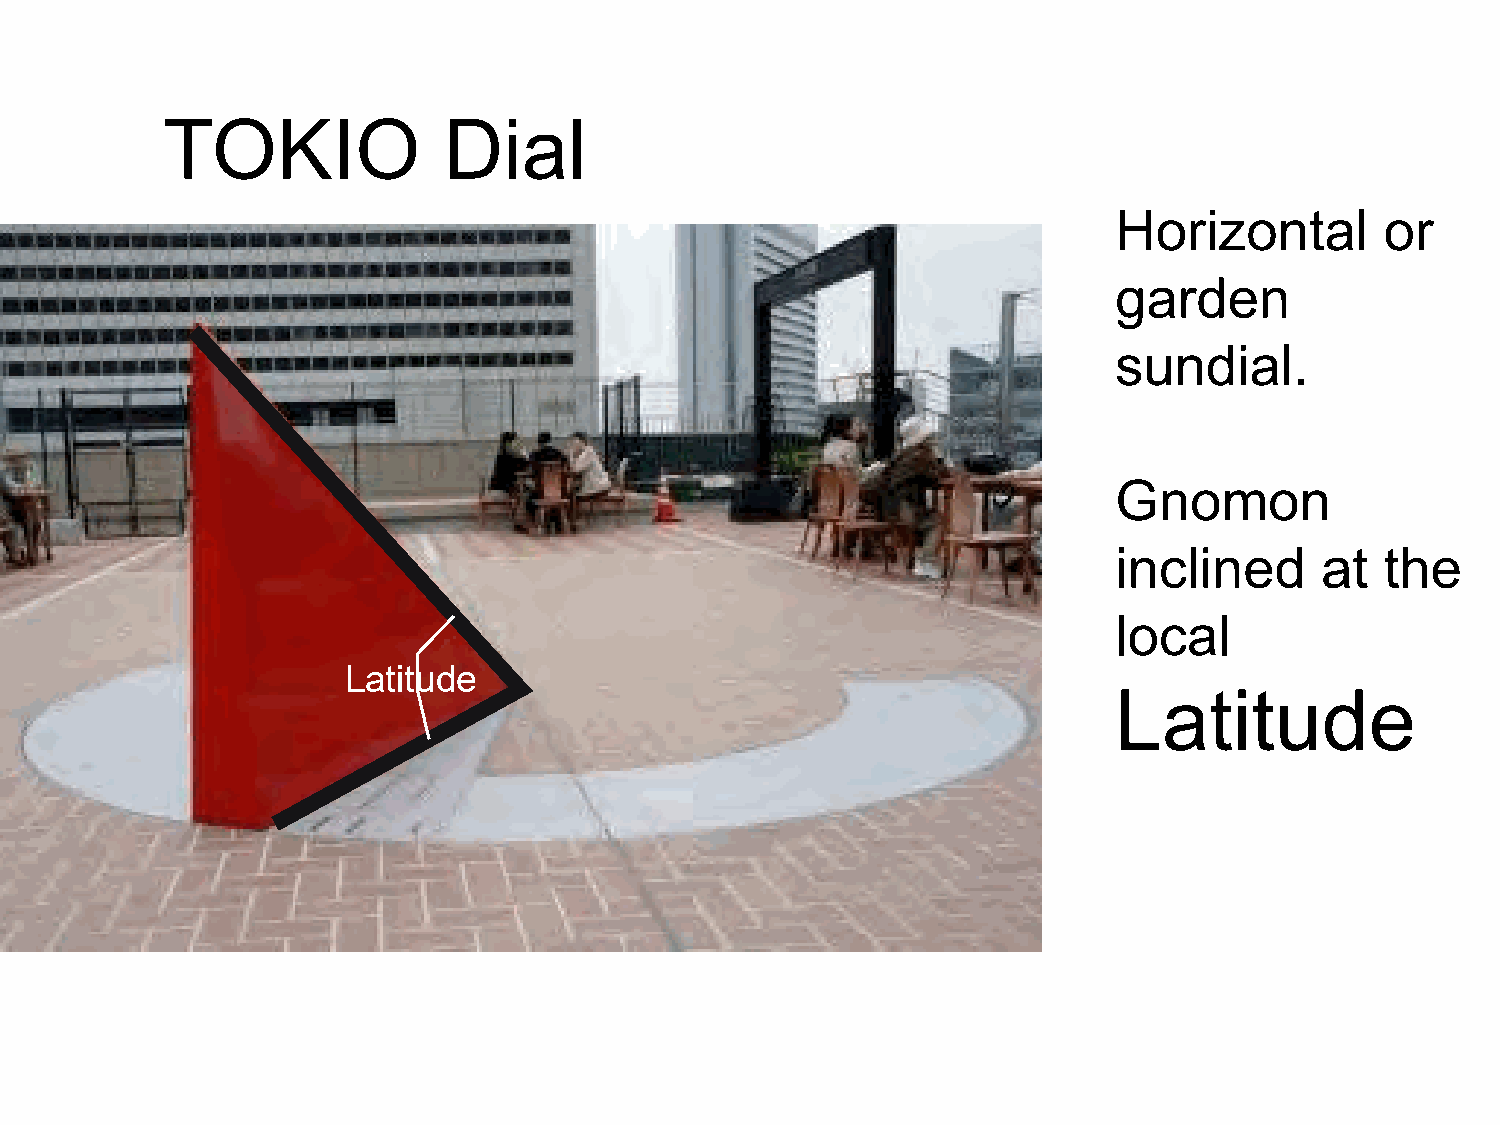
TOKIO             Dial
 Horizontal        or
 garden
 sundial.
 Gnomon
 inclined     at   the
 local
 Latitude
 Latitude